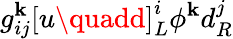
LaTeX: g_{ij}^{\mathbf{k}}\left[u\quadd\right]_{L}^{i}\phi^{\mathbf{k}}d_{R}^{j}